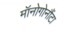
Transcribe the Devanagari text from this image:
मॉनोगोनौंटा